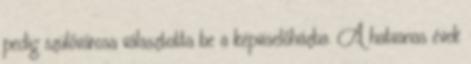
pedig szülővárosa választotta be a képviselőházba. A hatvanas évek